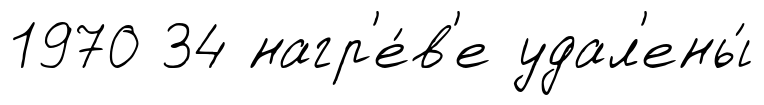
1970 34 нагр'е́в'е удал'ены́